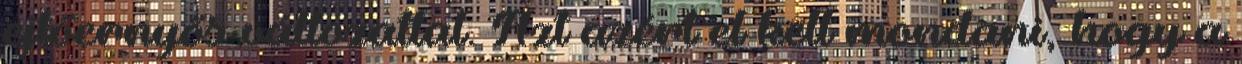
ejtőernyős változattal. Azt azért el kell mondani, hogy a